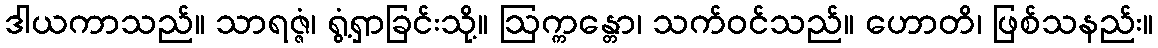
ဒါယကာသည်။ သာရဇ္ဇံ၊ ရွံ့ရှာခြင်းသို့။ ဩက္ကန္တော၊ သက်ဝင်သည်။ ဟောတိ၊ ဖြစ်သနည်း။